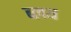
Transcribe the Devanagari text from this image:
ब्लथ